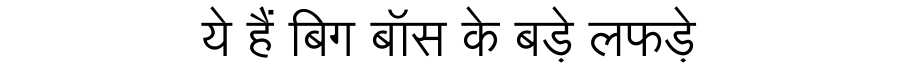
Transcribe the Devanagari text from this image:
ये हैं बिग बॉस के बड़े लफड़े